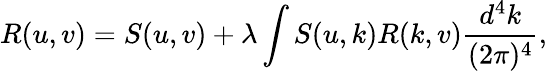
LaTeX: R(u,v)=S(u,v)+\lambda\int S(u,k)R(k,v)\frac{d^{4}k}{(2\pi)^{4}},